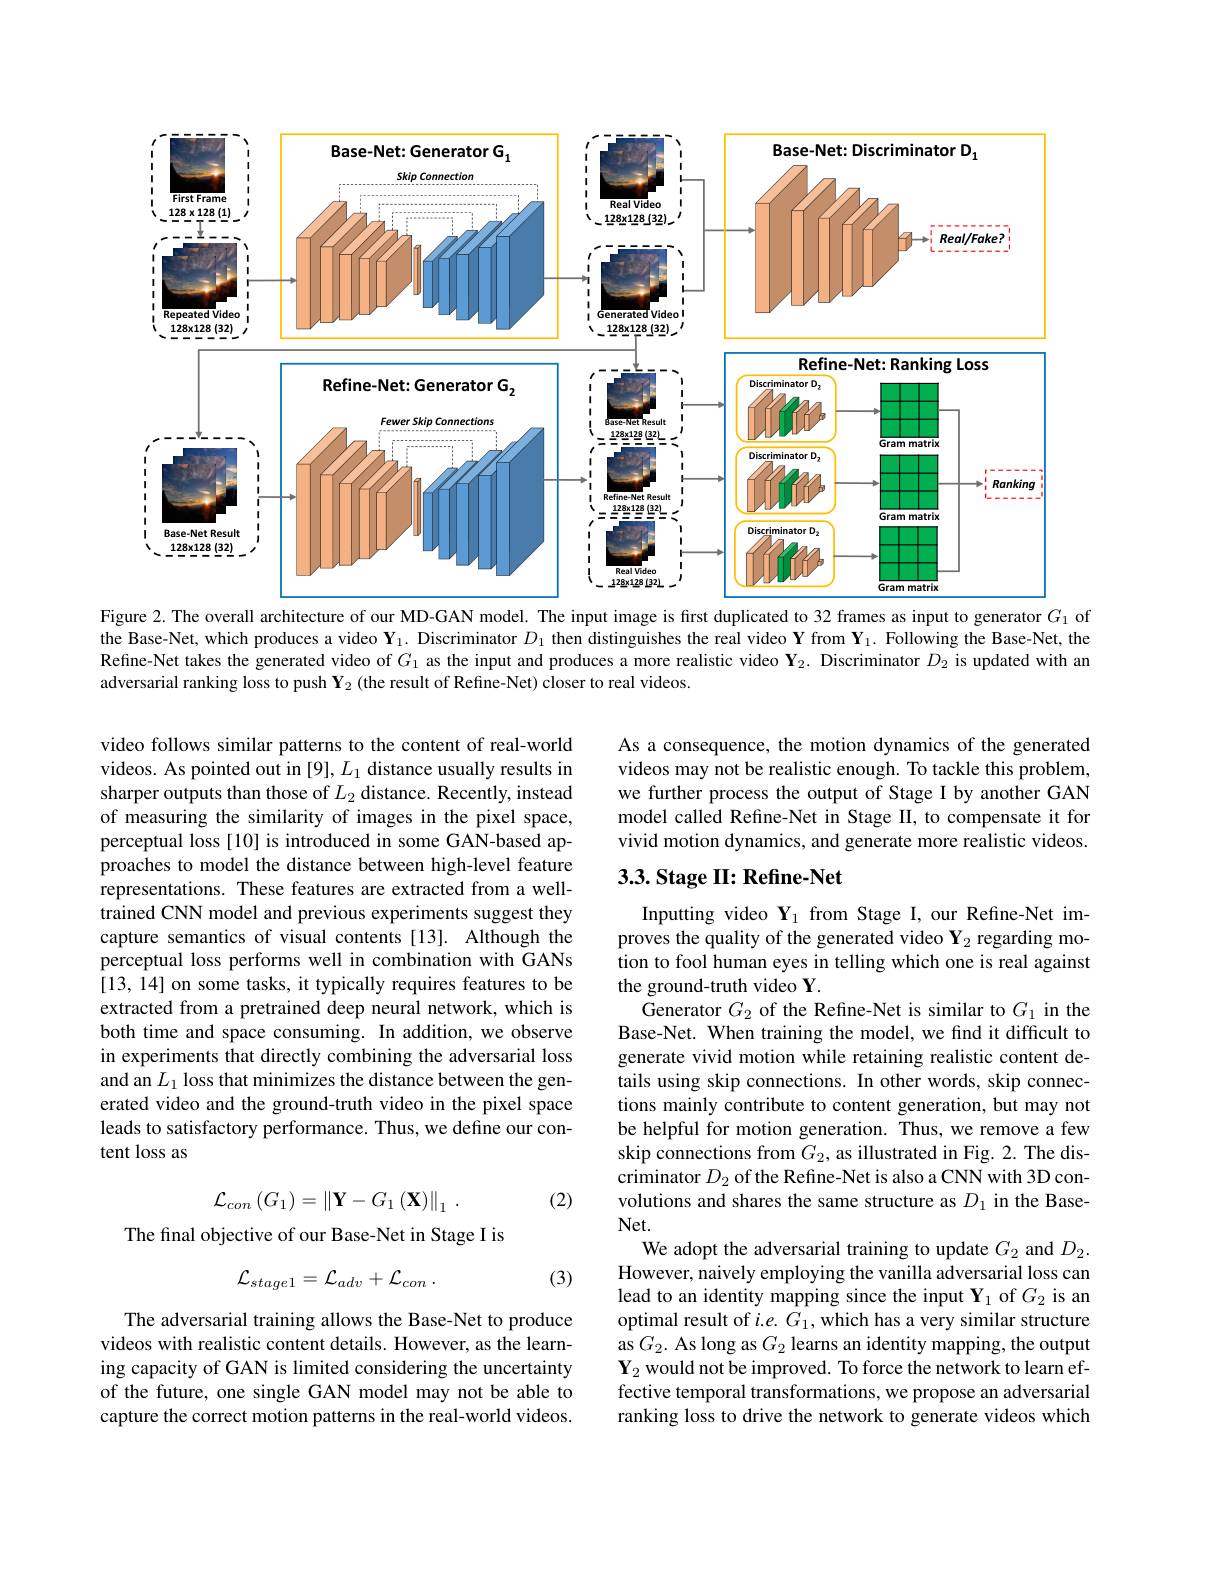
<FigureHere>
Figure 2. The overall architecture of our MD-GAN model. The input image is first duplicated to 32 frames as input to generator $G_{1}$ of

the Base-Net, which produces a video $\mathbf{Y}_1.$ Discriminator $D_1$ then distinguishes the real video $\mathbf{Y}$ from $\mathbf{Y}_1.$ Following the Base-Net, the Refine-Net takes the generated video of $G_{1}$ as the input and produces a more realistic video $\mathbf{Y}_{2.}$ Discriminator $D_{2}$ is updated with an adversarial ranking loss to push $\mathbf{Y}_2$ (the result of Refine-Net) closer to real videos.

As a consequence, the motion dynamics of the generated videos may not be realistic enough. To tackle this problem, we further process the output of Stage I by another GAN model called Refine-Net in Stage II, to compensate it for vivid motion dynamics, and generate more realistic videos.

## $3. 3. \textbf{Stage II: Refine- Net}$

video follows similar patterns to the content of real-world videos. As pointed out in [9], $L_1$ distance usually results in sharper outputs than those of $L_2$ distance. Recently, instead of measuring the similarity of images in the pixel space, perceptual loss [10] is introduced in some GAN-based approaches to model the distance between high-level feature representations. These features are extracted from a welltrained CNN model and previous experiments suggest they capture semantics of visual contents [13]. Although the perceptual loss performs well in combination with GANs [13, 14] on some tasks, it typically requires features to be extracted from a pretrained deep neural network, which is both time and space consuming. In addition, we observe in experiments that directly combining the adversarial loss and an $L_1$ loss that minimizes the distance between the generated video and the ground-truth video in the pixel space leads to satisfactory performance. Thus, we define our content loss as

Inputting video $\mathbf{Y}_1$ from Stage I, our Refine-Net improves the quality of the generated video $\mathbf{Y}_2$ regarding motion to fool human eyes in telling which one is real against the ground-truth video Y.
Generator $G_2$ of the Refine-Net is similar to $G_1$ in the Base-Net. When training the model, we find it difficult to generate vivid motion while retaining realistic content details using skip connections. In other words, skip connections mainly contribute to content generation, but may not be helpful for motion generation. Thus, we remove a few skip connections from $G_2$, as illustrated in Fig. 2. The discriminator $D_2$ of the Refine-Net is also a CNN with 3D convolutions and shares the same structure as $D_1$ in the BaseNet.
We adopt the adversarial training to update $G_2$ and $D_2.$ However, naively employing the vanilla adversarial loss can lead to an identity mapping since the input Y$_1$ of $G_2$ is an optimal result of $i.e.G_1$,which has a very similar structure as $G_{2}.$ As long as $G_{2}$ learns an identity mapping, the output $\mathbf{Y}_2$ would not be improved. To force the network to learn effective temporal transformations, we propose an adversarial ranking loss to drive the network to generate videos which
$$\mathcal{L}_{con}\left(G_{1}\right)=\left\|\mathbf{Y}-G_{1}\left(\mathbf{X}\right)\right\|_{1}\:.$$
(2)

The final objective of our Base-Net in Stage I is
$$\mathcal{L}_{stage1}=\mathcal{L}_{adv}+\mathcal{L}_{con}\:.$$
(3)

The adversarial training allows the Base-Net to produce videos with realistic content details. However, as the learning capacity of GAN is limited considering the uncertainty of the future, one single GAN model may not be able to capture the correct motion patterns in the real-world videos.